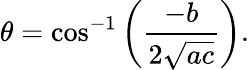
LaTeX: \theta=\cos^{-1}\left({\frac{-b}{2{\sqrt{ac}}}}\right).